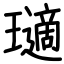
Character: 瓋